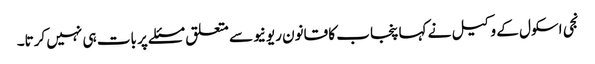
نجی اسکول کے وکیل نے کہا پنجاب کا قانون ریونیو سے متعلق مسئلے پر بات ہی نہیں کرتا۔